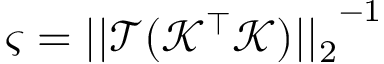
\varsigma = { | | \mathcal { T } ( { \mathcal { K } } ^ { \top } { \mathcal { K } } ) | | _ { 2 } } ^ { - 1 }